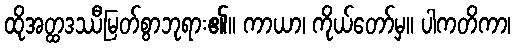
ထိုအတ္ထဒဿီမြတ်စွာဘုရား၏။ ကာယာ၊ ကိုယ်တော်မှ။ ပါကတိကာ၊